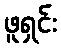
ဖူရှင်း